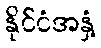
နိုင်ငံအနှံ့